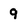
Character: q